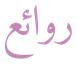
روائع